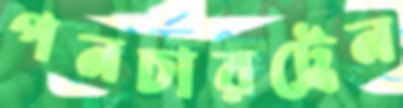
পনচারট্রেন